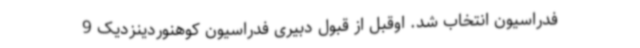
فدراسیون انتخاب شد. اوقبل از قبول دبیری فدراسیون کوهنوردینزدیک 9